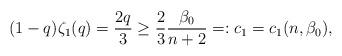
LaTeX: \begin{align*}(1-q)\zeta_{1}(q) = \frac{2q}{3} \geq \frac{2}{3}\frac{\beta_{0}}{n+2} =: c_{1} = c_{1}(n,\beta_{0}),\end{align*}